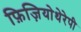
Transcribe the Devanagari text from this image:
फ़िज़ियोथेरेपी